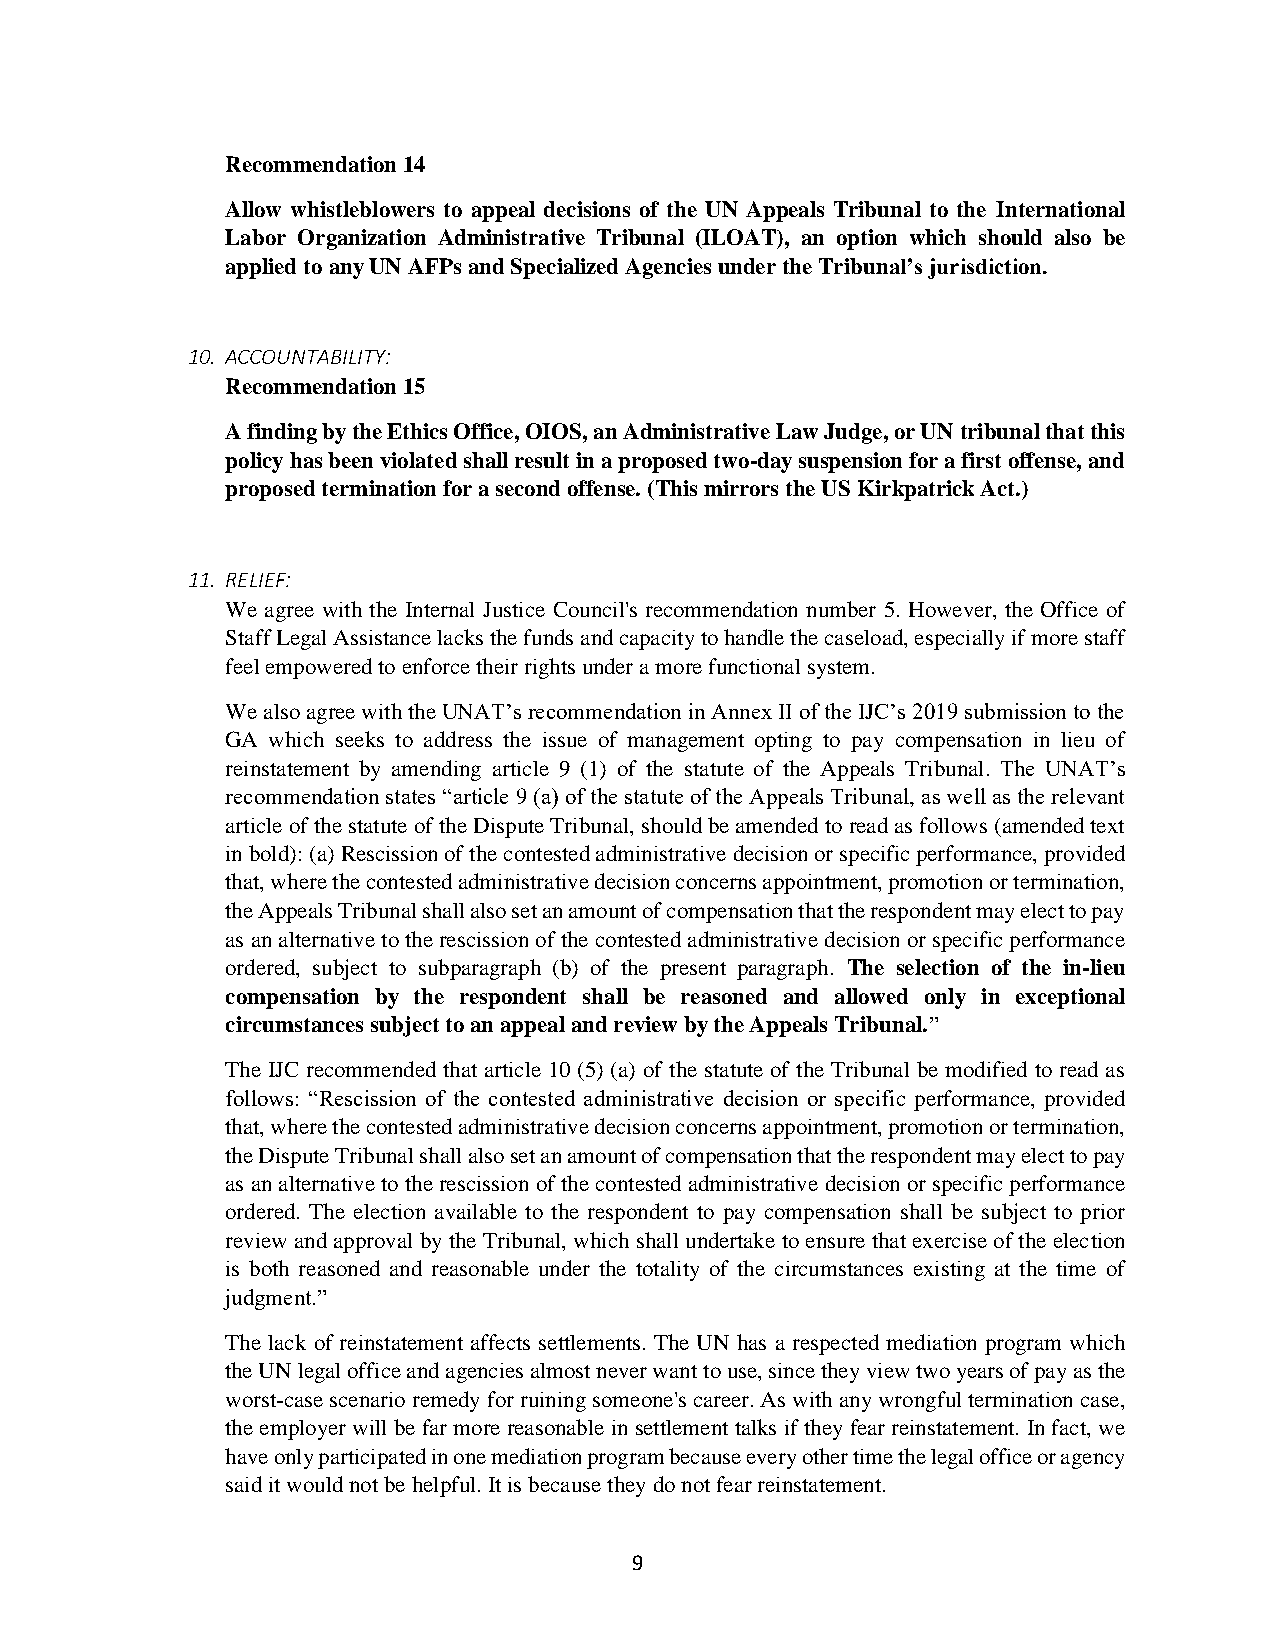
Recommendation 14
 Allow whistleblowers to appeal decisions of the UN Appeals Tribunal to the International
 Labor Organization Administrative Tribunal (ILOAT), an option which should also be
 applied to any UN AFPs and Specialized Agencies under the Tribunal’s jurisdiction.
 10. ACCOUNTABILITY:
 Recommendation 15
 A finding by the Ethics Office, OIOS, an Administrative Law Judge, or UN tribunal that this
 policy has been violated shall result in a proposed two-day suspension for a first offense, and
 proposed termination for a second offense. (This mirrors the US Kirkpatrick Act.)
 11. RELIEF:
 We agree with the Internal Justice Council's recommendation number 5. However, the Office of
 Staff Legal Assistance lacks the funds and capacity to handle the caseload, especially if more staff
 feel empowered to enforce their rights under a more functional system.
 We also agree with the UNAT’s recommendation in Annex II of the IJC’s 2019 submission to the
 GA which seeks to address the issue of management opting to pay compensation in lieu of
 reinstatement by amending article 9 (1) of the statute of the Appeals Tribunal. The UNAT’s
 recommendation states “article 9 (a) of the statute of the Appeals Tribunal, as well as the relevant
 article of the statute of the Dispute Tribunal, should be amended to read as follows (amended text
 in bold): (a) Rescission of the contested administrative decision or specific performance, provided
 that, where the contested administrative decision concerns appointment, promotion or termination,
 the Appeals Tribunal shall also set an amount of compensation that the respondent may elect to pay
 as an alternative to the rescission of the contested administrative decision or specific performance
 ordered, subject to subparagraph (b) of the present paragraph. The selection of the in-lieu
 compensation by the respondent shall be reasoned and allowed only in exceptional
 circumstances subject to an appeal and review by the Appeals Tribunal.”
 The IJC recommended that article 10 (5) (a) of the statute of the Tribunal be modified to read as
 follows: “Rescission of the contested administrative decision or specific performance, provided
 that, where the contested administrative decision concerns appointment, promotion or termination,
 the Dispute Tribunal shall also set an amount of compensation that the respondent may elect to pay
 as an alternative to the rescission of the contested administrative decision or specific performance
 ordered. The election available to the respondent to pay compensation shall be subject to prior
 review and approval by the Tribunal, which shall undertake to ensure that exercise of the election
 is both reasoned and reasonable under the totality of the circumstances existing at the time of
 judgment.”
 The lack of reinstatement affects settlements. The UN has a respected mediation program which
 the UN legal office and agencies almost never want to use, since they view two years of pay as the
 worst-case scenario remedy for ruining someone's career. As with any wrongful termination case,
 the employer will be far more reasonable in settlement talks if they fear reinstatement. In fact, we
 have only participated in one mediation program because every other time the legal office or agency
 said it would not be helpful. It is because they do not fear reinstatement.
 9